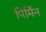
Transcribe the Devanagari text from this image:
पिर्मिन